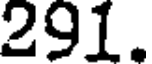
291.